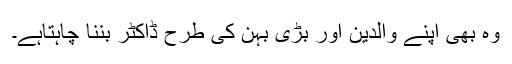
وہ بھی اپنے والدین اور بڑی بہن کی طرح ڈاکٹر بننا چاہتاہے۔